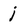
Character: j